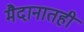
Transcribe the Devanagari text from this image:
मैदानातही